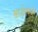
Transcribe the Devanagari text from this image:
श्वार्जनबर्जर